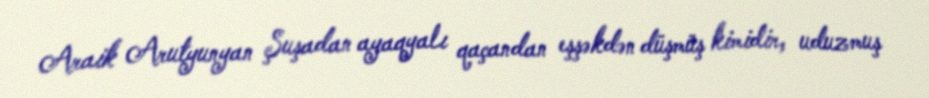
Araik Arutyunyan Şuşadan ayaqyalı qaçandan eşşəkdən düşmüş kimidir, uduzmuş